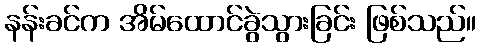
နန်းခင်က အိမ်ထောင်ခွဲသွားခြင်း ဖြစ်သည်။